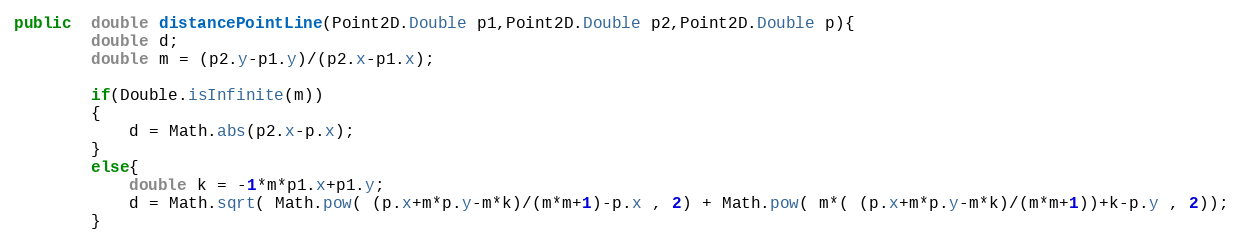
Language: Java
public  double distancePointLine(Point2D.Double p1,Point2D.Double p2,Point2D.Double p){
		double d;
		double m = (p2.y-p1.y)/(p2.x-p1.x);

		if(Double.isInfinite(m))
		{
			d = Math.abs(p2.x-p.x);
		}
		else{
			double k = -1*m*p1.x+p1.y;
			d = Math.sqrt( Math.pow( (p.x+m*p.y-m*k)/(m*m+1)-p.x , 2) + Math.pow( m*( (p.x+m*p.y-m*k)/(m*m+1))+k-p.y , 2));
		}